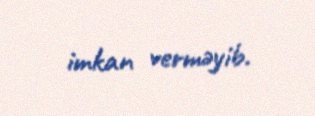
imkan verməyib.